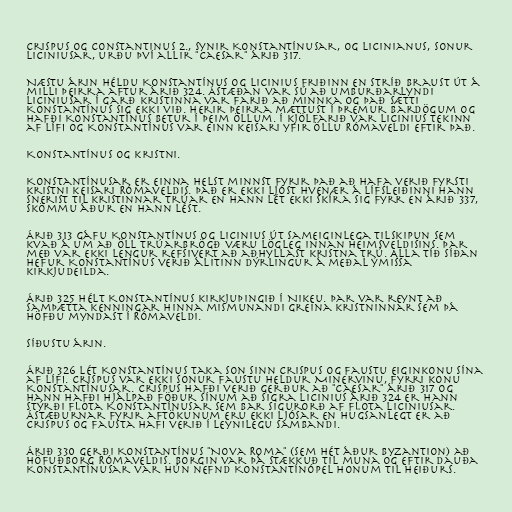
Crispus og Constantinus 2., synir Konstantínusar, og Licinianus, sonur
Liciniusar, urðu því allir "caesar" árið 317.

Næstu árin héldu Konstantínus og Licinius friðinn en stríð braust út á
milli þeirra aftur árið 324. Ástæðan var sú að umburðarlyndi
Liciniusar í garð kristinna var farið að minnka og það sætti
Konstantínus sig ekki við. Herir þeirra mættust í þremur bardögum og
hafði Konstantínus betur í þeim öllum. Í kjölfarið var Licinius tekinn
af lífi og Konstantínus var einn keisari yfir öllu Rómaveldi eftir það.

Konstantínus og kristni.

Konstantínusar er einna helst minnst fyrir það að hafa verið fyrsti
kristni keisari Rómaveldis. Það er ekki ljóst hvenær á lífsleiðinni hann
snerist til kristinnar trúar en hann lét ekki skíra sig fyrr en árið 337,
skömmu áður en hann lést.

Árið 313 gáfu Konstantínus og Licinius út sameiginlega tilskipun sem
kvað á um að öll trúarbrögð væru lögleg innan heimsveldisins. Þar
með var ekki lengur refsivert að aðhyllast kristna trú. Alla tíð síðan
hefur Konstantínus verið álitinn dýrlingur á meðal ýmissa
kirkjudeilda.

Árið 325 hélt Konstantínus kirkjuþingið í Nikeu. Þar var reynt að
samþætta kenningar hinna mismunandi greina kristninnar sem þá
höfðu myndast í Rómaveldi.

Síðustu árin.

Árið 326 lét Konstantínus taka son sinn Crispus og Faustu eiginkonu sína
af lífi. Crispus var ekki sonur Faustu heldur Minervinu, fyrri konu
Konstantínusar. Crispus hafði verið gerður að "caesar" árið 317 og
hann hafði hjálpað föður sínum að sigra Licinius árið 324 er hann
stýrði flota Konstantínusar sem bar sigurorð af flota Liciniusar.
Ástæðurnar fyrir aftökunum eru ekki ljósar en hugsanlegt er að
Crispus og Fausta hafi verið í leynilegu sambandi.

Árið 330 gerði Konstantínus "Nova Roma" (sem hét áður Byzantion) að
höfuðborg Rómaveldis. Borgin var þá stækkuð til muna og eftir dauða
Konstantínusar var hún nefnd Konstantínópel honum til heiðurs.